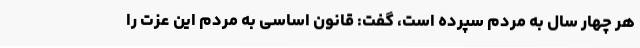
هر چهار سال به مردم سپرده است، گفت: قانون اساسی به مردم این عزت را